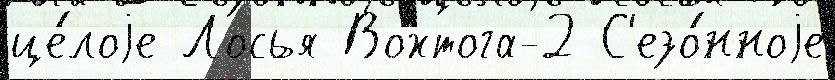
це́лоjе Лосья Вохтога-2 С'езо́нноjе